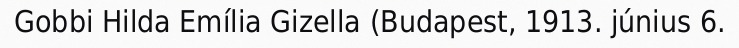
Gobbi Hilda Emília Gizella (Budapest, 1913. június 6.